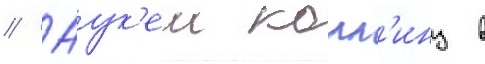
// Аук'еи колл'инз в